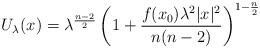
LaTeX: \begin{align*}U_\lambda(x)=\lambda^{\frac{n-2}{2}}\left(1+\frac{f(x_0)\lambda^2\vert x\vert^2}{n(n-2)}\right)^{1-\frac{n}{2}}\end{align*}